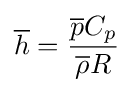
{\overline {h}}={{\overline {p}}C_{p} \over {\overline {\rho }}R}